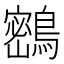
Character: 𪅮